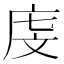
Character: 𪪐